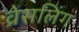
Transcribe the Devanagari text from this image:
व्रेसलिंग